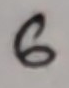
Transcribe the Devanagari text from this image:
६